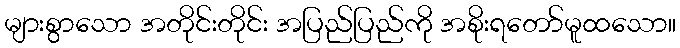
များစွာသော အတိုင်းတိုင်း အပြည်ပြည်ကို အစိုးရတော်မူထသော။